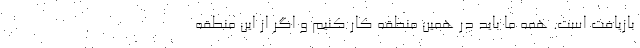
بازیافت است. همه ما باید در همین منطقه کار کنیم و اگر از این منطقه